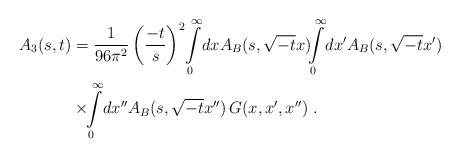
LaTeX: \begin{align*}A_3(s, t) &= \frac{1}{96\pi^2} \left( \frac{-t}{s} \right)^2\!\int\limits_0^{\infty} \! dx A_B(s,\sqrt{-t}x)\!\!\int\limits_0^{\infty} \! dx' A_B(s, \sqrt{-t}x') \\&\times \!\!\int\limits_0^{\infty} \! dx'' A_B(s,\sqrt{-t}x'') \,G(x, x', x'') \;.\end{align*}